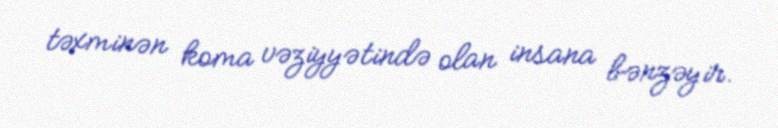
təxminən koma vəziyyətində olan insana bənzəyir.